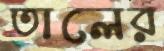
তালের